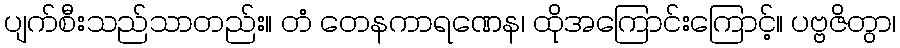
ပျက်စီးသည်သာတည်း။ တံ တေနကာရဏေန၊ ထိုအကြောင်းကြောင့်။ ပဗ္ဗဇိတွာ၊